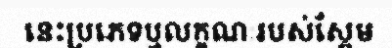
នេះប្រភេទឬលក្ខណៈរបស់ស្ពែម